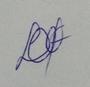
Signature authenticity: genuine